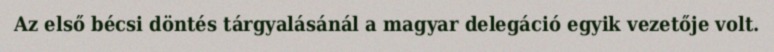
Az első bécsi döntés tárgyalásánál a magyar delegáció egyik vezetője volt.